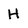
Character: h